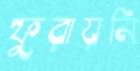
ফুরায়নি